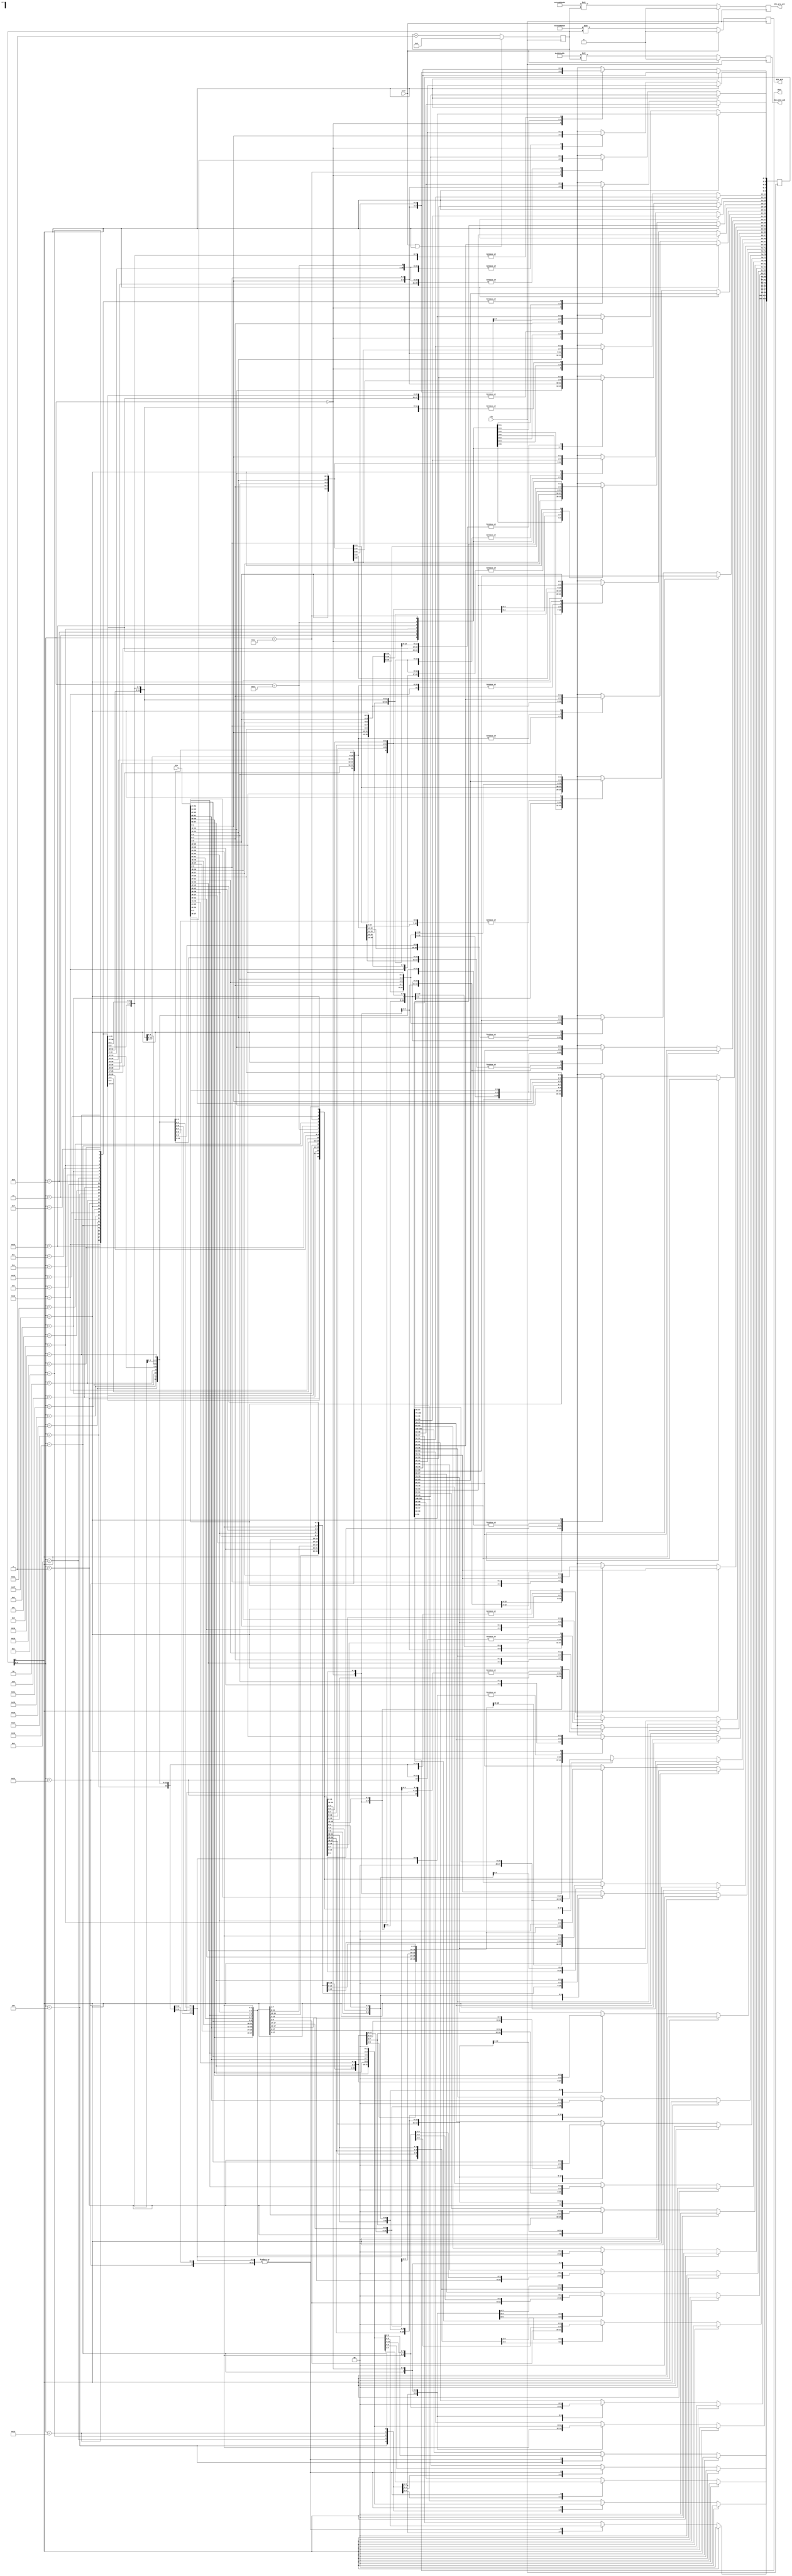
// Copyright 2010 Altera Corporation. All rights reserved.  
// Altera products are protected under numerous U.S. and foreign patents, 
// maskwork rights, copyrights and other intellectual property laws.  
//
// This reference design file, and your use thereof, is subject to and governed
// by the terms and conditions of the applicable Altera Reference Design 
// License Agreement (either as signed by you or found at www.altera.com).  By
// using this reference design file, you indicate your acceptance of such terms
// and conditions between you and Altera Corporation.  In the event that you do
// not agree with such terms and conditions, you may not use the reference 
// design file and please promptly destroy any copies you have made.
//
// This reference design file is being provided on an "as-is" basis and as an 
// accommodation and therefore all warranties, representations or guarantees of 
// any kind (whether express, implied or statutory) including, without 
// limitation, warranties of merchantability, non-infringement, or fitness for
// a particular purpose, are specifically disclaimed.  By making this reference
// design file available, Altera expressly does not recommend, suggest or 
// require that this reference design file be used in combination with any 
// other product not provided by Altera.
/////////////////////////////////////////////////////////////////////////////

// 66 in 40 out 
// baeckler - 07-21-2010

module gearbox_66_40 (
	input clk,
	input sclr,			// fixes the state, not the data for min fanout
	input [65:0] din,     // lsbit first
	output reg din_ack,
	output reg din_pre_ack,
	output reg din_pre2_ack,
	output [39:0] dout	
);

reg [5:0] gbstate = 0 /* synthesis preserve */;
reg [103:0] stor = 0 /* synthesis preserve */;
assign dout = stor[39:0];
reg [65:0] din_r = 0;

always @(posedge clk) begin
	din_r <= din[65:0];
	
	gbstate <= (sclr | gbstate[5]) ? 6'h0 : (gbstate + 1'b1);
	   
	if (gbstate[5]) begin 
		stor <= {40'h0,stor[103:40]};    // holding 0	
	end    
	else begin	
		case (gbstate[4:0])
			5'h0 : begin stor[65:0] <= din[65:0];  end   // holding 26
			5'h1 : begin stor[91:26] <= din[65:0]; stor[25:0] <= stor[65:40];   end   // holding 52
			5'h2 : begin stor <= {40'h0,stor[103:40]};  end   // holding 12
			5'h3 : begin stor[77:12] <= din[65:0]; stor[11:0] <= stor[51:40];   end   // holding 38
			5'h4 : begin stor[103:38] <= din[65:0]; stor[37:0] <= stor[77:40];   end   // holding 64
			5'h5 : begin stor <= {40'h0,stor[103:40]};  end   // holding 24
			5'h6 : begin stor[89:24] <= din[65:0]; stor[23:0] <= stor[63:40];   end   // holding 50
			5'h7 : begin stor <= {40'h0,stor[103:40]};  end   // holding 10
			5'h8 : begin stor[75:10] <= din[65:0]; stor[9:0] <= stor[49:40];   end   // holding 36
			5'h9 : begin stor[101:36] <= din[65:0]; stor[35:0] <= stor[75:40];   end   // holding 62
			5'ha : begin stor <= {40'h0,stor[103:40]};  end   // holding 22
			5'hb : begin stor[87:22] <= din[65:0]; stor[21:0] <= stor[61:40];   end   // holding 48
			5'hc : begin stor <= {40'h0,stor[103:40]};  end   // holding 8
			5'hd : begin stor[73:8] <= din[65:0]; stor[7:0] <= stor[47:40];   end   // holding 34
			5'he : begin stor[99:34] <= din[65:0]; stor[33:0] <= stor[73:40];   end   // holding 60
			5'hf : begin stor <= {40'h0,stor[103:40]};  end   // holding 20
			5'h10 : begin stor[85:20] <= din[65:0]; stor[19:0] <= stor[59:40];   end   // holding 46
			5'h11 : begin stor <= {40'h0,stor[103:40]};  end   // holding 6
			5'h12 : begin stor[71:6] <= din[65:0]; stor[5:0] <= stor[45:40];   end   // holding 32
			5'h13 : begin stor[97:32] <= din[65:0]; stor[31:0] <= stor[71:40];   end   // holding 58
			5'h14 : begin stor <= {40'h0,stor[103:40]};  end   // holding 18
			5'h15 : begin stor[83:18] <= din[65:0]; stor[17:0] <= stor[57:40];   end   // holding 44
			5'h16 : begin stor <= {40'h0,stor[103:40]};  end   // holding 4
			5'h17 : begin stor[69:4] <= din[65:0]; stor[3:0] <= stor[43:40];   end   // holding 30
			5'h18 : begin stor[95:30] <= din[65:0]; stor[29:0] <= stor[69:40];   end   // holding 56
			5'h19 : begin stor <= {40'h0,stor[103:40]};  end   // holding 16
			5'h1a : begin stor[81:16] <= din[65:0]; stor[15:0] <= stor[55:40];   end   // holding 42
			5'h1b : begin stor <= {40'h0,stor[103:40]};  end   // holding 2
			5'h1c : begin stor[67:2] <= din[65:0]; stor[1:0] <= stor[41:40];   end   // holding 28
			5'h1d : begin stor[93:28] <= din[65:0]; stor[27:0] <= stor[67:40];   end   // holding 54
			5'h1e : begin stor <= {40'h0,stor[103:40]};  end   // holding 14
			5'h1f : begin stor[79:14] <= din[65:0]; stor[13:0] <= stor[53:40];   end   // holding 40
		endcase
	end
end

// this is the pattern as corresponding to the states
// wire [32:0] in_pattern = 33'b010110101101011010110101101011011;

// this is adjusted for latency
wire [32:0] in_pattern = 33'b101011010110101101011010110101101;

always @(posedge clk) begin
	if (sclr) din_ack <= 1'b0;
	else din_ack <= (64'h0 | in_pattern) >> gbstate;
end

wire [32:0] in_pattern2 = 33'b110101101011010110101101011010110;

always @(posedge clk) begin
	if (sclr) din_pre_ack <= 1'b0;
	else din_pre_ack <= (64'h0 | in_pattern2) >> gbstate;
end

wire [32:0] in_pattern3 = 33'b011010110101101011010110101101011;

always @(posedge clk) begin
	if (sclr) din_pre2_ack <= 1'b0;
	else din_pre2_ack <= (64'h0 | in_pattern3) >> gbstate;
end


endmodule